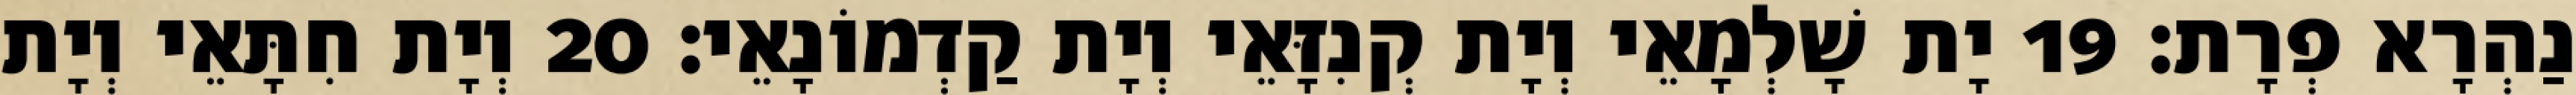
נַהְרָא פְרָת׃ 19 יָת שָׁלְמָאֵי וְיָת קְנִזָּאֵי וְיָת קַדְמוֹנָאֵי׃ 20 וְיָת חִתָּאֵי וְיָת